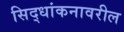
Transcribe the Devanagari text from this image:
सिद्धांकनावरील